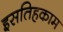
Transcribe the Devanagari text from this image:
इसतिहकाम